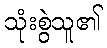
သုံးစွဲသူ၏